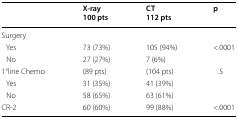
<table><thead><tr><td></td><td><b>X-ray100 pts</b></td><td><b>CT112 pts</b></td><td><b>p</b></td></tr></thead><tbody><tr><td colspan="4">Surgery</td></tr><tr><td> Yes</td><td>73 (73%)</td><td>105 (94%)</td><td rowspan="2">&lt;.0001</td></tr><tr><td> No</td><td>27 (27%)</td><td>7 (6%)</td></tr><tr><td>1°line Chemo</td><td>(89 pts)</td><td>(104 pts)</td><td rowspan="3">.5</td></tr><tr><td> Yes</td><td>31 (35%)</td><td>41 (39%)</td></tr><tr><td> No</td><td>58 (65%)</td><td>63 (61%)</td></tr><tr><td>CR-2</td><td>60 (60%)</td><td>99 (88%)</td><td>&lt;.0001</td></tr></tbody></table>